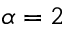
\alpha = 2